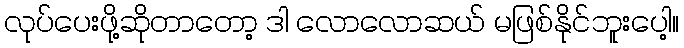
လုပ်ပေးဖို့ဆိုတာတော့ ဒါ လောလောဆယ် မဖြစ်နိုင်ဘူးပေါ့။